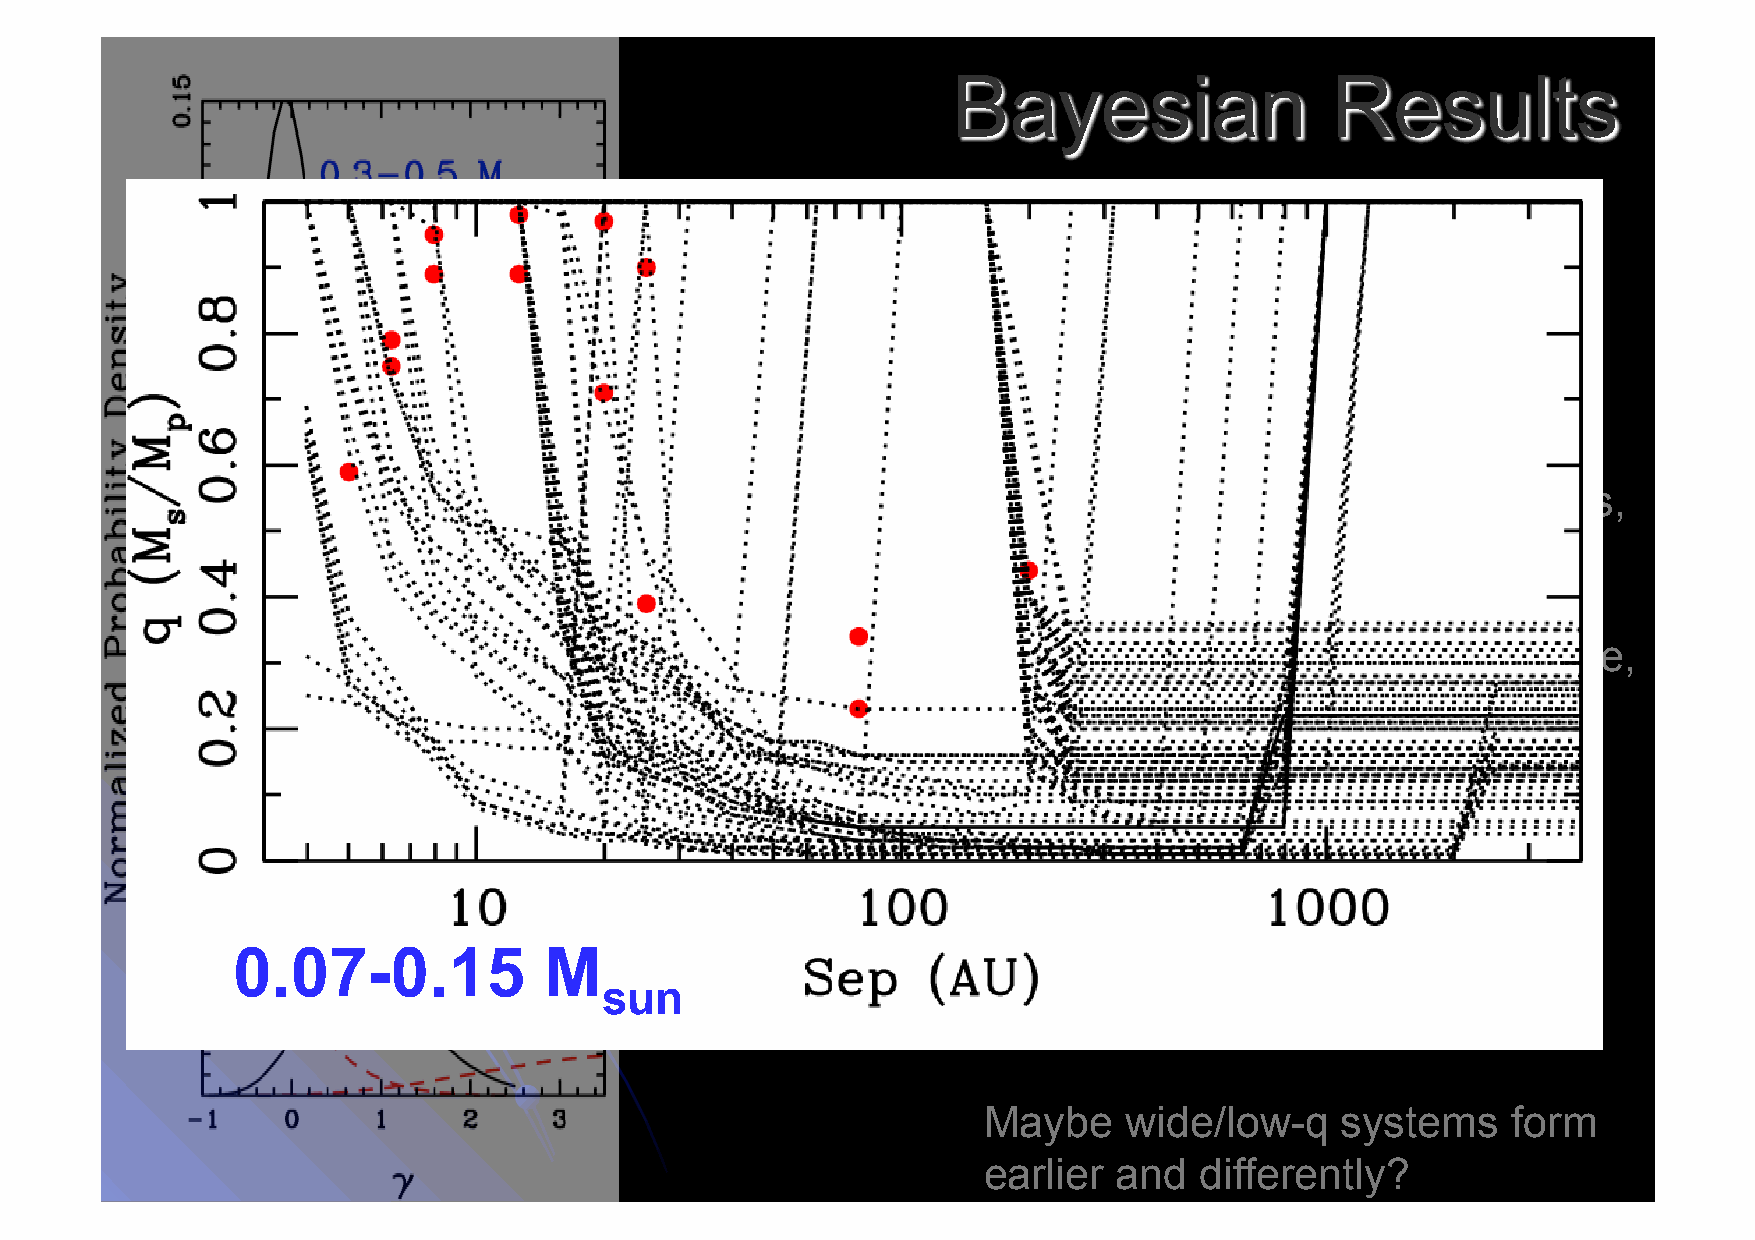
0.3-0.5     M
 sun
 I expected    a trend   for steeper
 mass    ratio distributions   (more
 peaked    at unity)  at lower   masses,
 0.15-0.3     M         but  it’s a little more  complicated.
 sun
 In the  0.07-0.15    Msun    subsample,
 10/11   binaries   with separations
 <25   AU  have   mass    ratios  near
 unity,  while  4/5  binaries  with
 separations     >25  AU   have   mass
 0.07-0.15      M
 sun  ratios  <0.5.  (You   hardly  see   any
 0.07-0.15            M                            >25   AU  binaries   in this mass
 sun
 range   in the  field.)
 Maybe    wide/low-q     systems    form
 earlier  and  differently?